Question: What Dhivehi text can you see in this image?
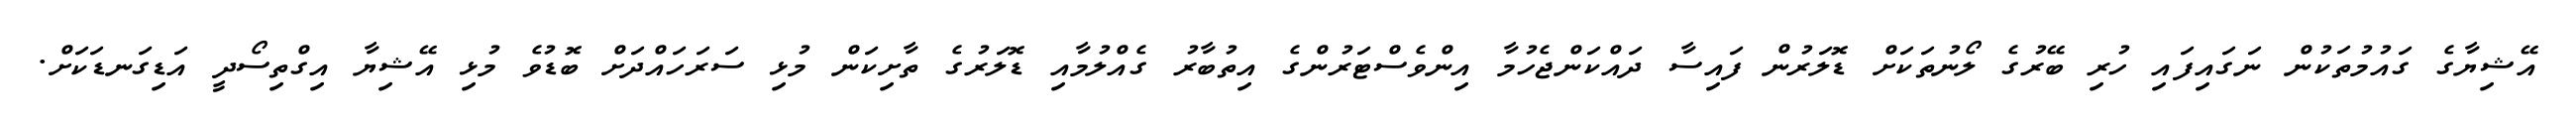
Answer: އޭޝިޔާގެ ގައުމުތަކުން ނަގައިފައި ހުރި ބޭރުގެ ލޯނުތަކަށް ޑޮލަރުން ފައިސާ ދައްކަންޖެހުމާ އިންވެސްޓަރުންގެ އިތުބާރު ގެއްލުމާއި ޑޮލަރުގެ ތާށިކަން މުޅި ސަރަހައްދަށް ބޮޑުވެ މުޅި އޭޝިޔާ އިގްތިސޯދީ އަޑިގަނޑަކަށް.